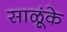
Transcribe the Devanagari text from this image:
साळूंके